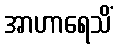
အာဟာရေသိံ